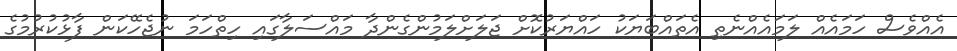
އެއްވެސް ހަމައެއް ލަމައެއްނެތި އެތައްބަޔަކު ހައްޔަރުކޮށް ޖަލަށްލަމުންގެންދާ މައްސަލާގައި ހިތްހަމަ ނުޖެހޭކަން ފާޅުކުރުމުގެ